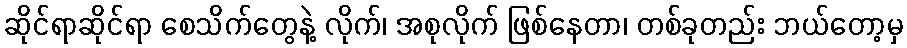
ဆိုင်ရာဆိုင်ရာ စေသိက်တွေနဲ့ လိုက်၊ အစုလိုက် ဖြစ်နေတာ၊ တစ်ခုတည်း ဘယ်တော့မှ